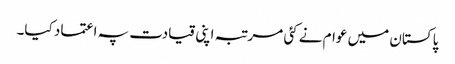
پاکستان میں عوام نے کئی مرتبہ اپنی قیادت پہ اعتماد کیا۔